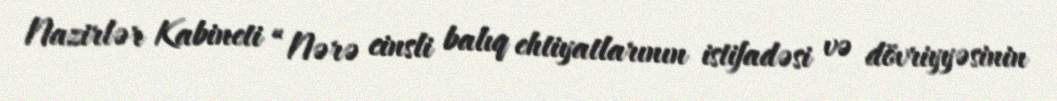
Nazirlər Kabineti “Nərə cinsli balıq ehtiyatlarının istifadəsi və dövriyyəsinin